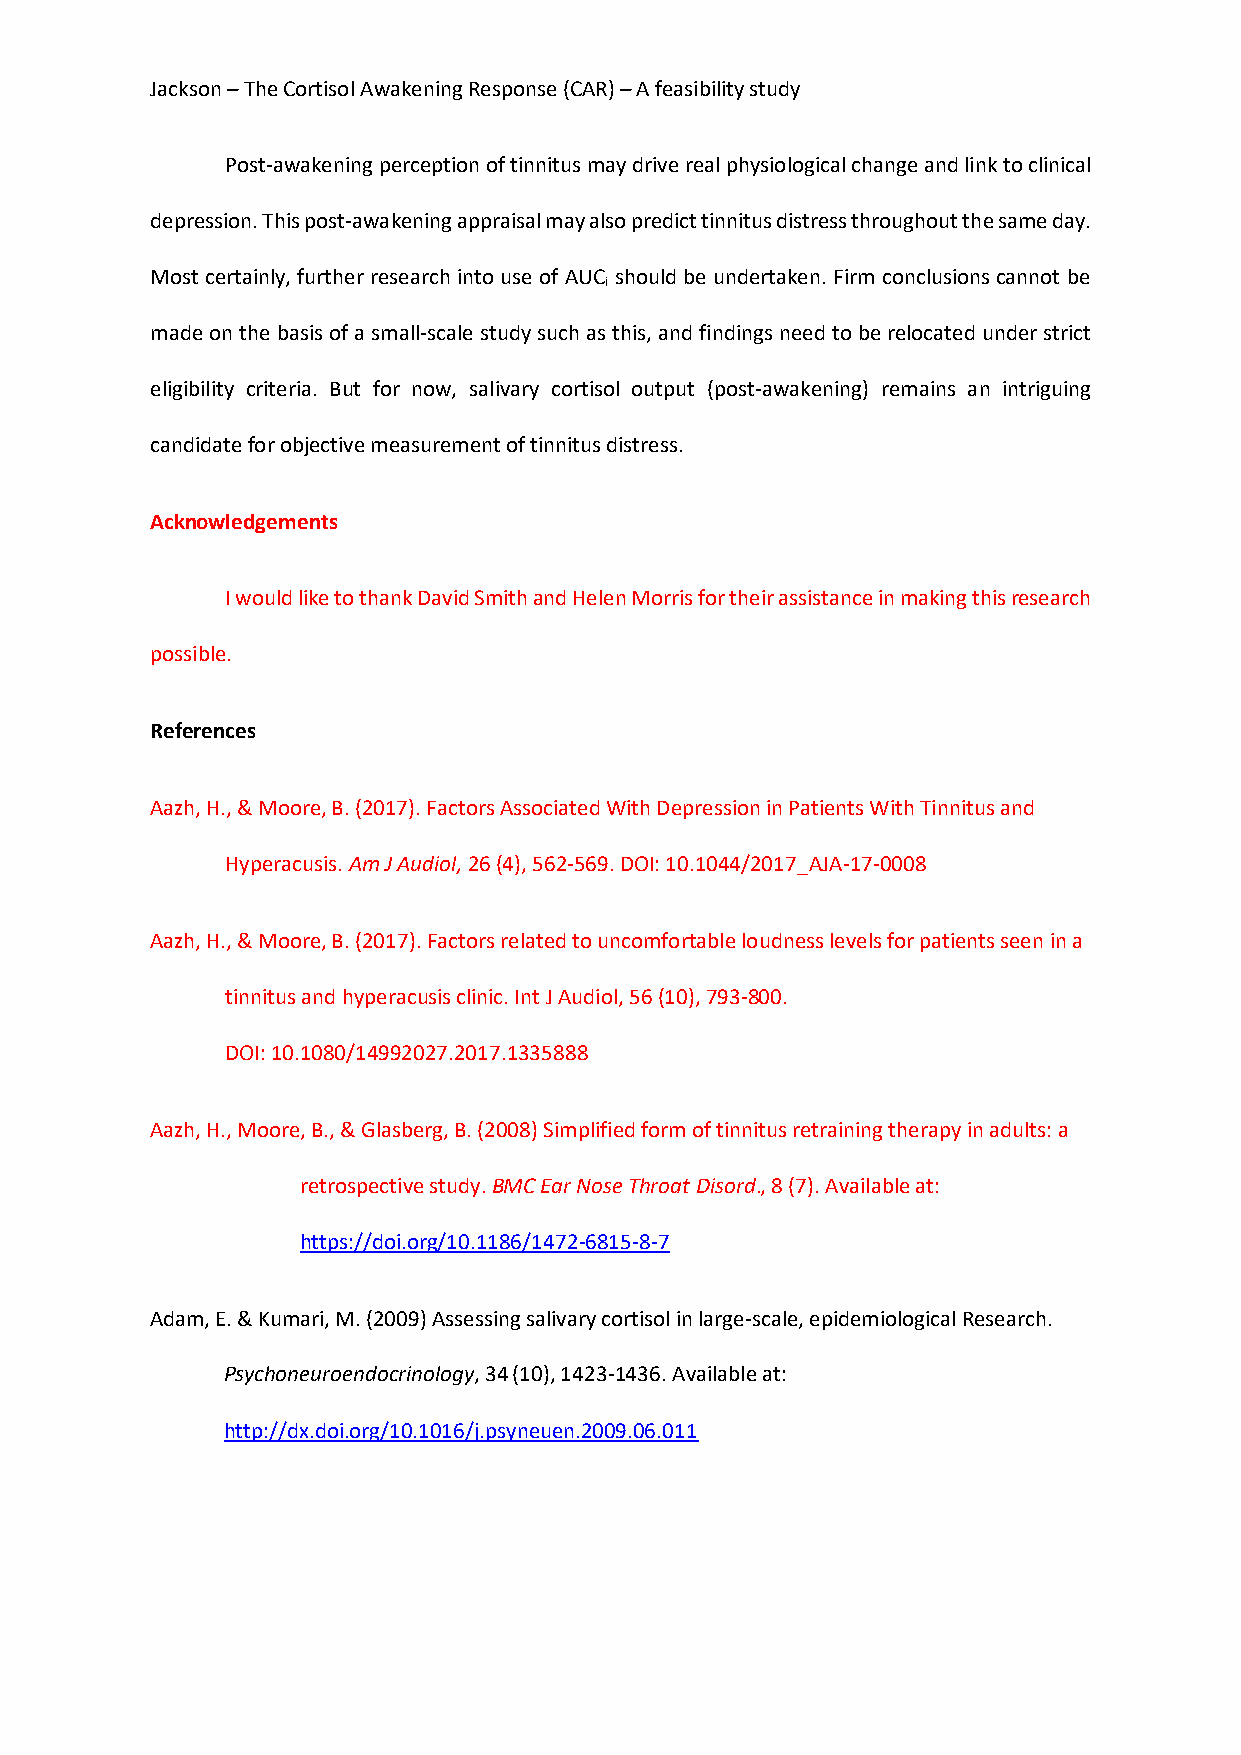
Jackson – The Cortisol Awakening Response (CAR) – A feasibility study
 Post-awakening perception of tinnitus may drive real physiological change and link to clinical
 depression. This post-awakening appraisal may also predict tinnitus distress throughout the same day.
 Most certainly, further research into use of AUC should be undertaken. Firm conclusions cannot be
 i
 made on the basis of a small-scale study such as this, and findings need to be relocated under strict
 eligibility criteria. But for now, salivary cortisol output (post-awakening) remains an intriguing
 candidate for objective measurement of tinnitus distress.
 Acknowledgements
 I would like to thank David Smith and Helen Morris for their assistance in making this research
 possible.
 References
 Aazh, H., & Moore, B. (2017). Factors Associated With Depression in Patients With Tinnitus and
 Hyperacusis. Am J Audiol, 26 (4), 562-569. DOI: 10.1044/2017_AJA-17-0008
 Aazh, H., & Moore, B. (2017). Factors related to uncomfortable loudness levels for patients seen in a
 tinnitus and hyperacusis clinic. Int J Audiol, 56 (10), 793-800.
 DOI: 10.1080/14992027.2017.1335888
 Aazh, H., Moore, B., & Glasberg, B. (2008) Simplified form of tinnitus retraining therapy in adults: a
 retrospective study. BMC Ear Nose Throat Disord., 8 (7). Available at:
 https://doi.org/10.1186/1472-6815-8-7
 Adam, E. & Kumari, M. (2009) Assessing salivary cortisol in large-scale, epidemiological Research.
 Psychoneuroendocrinology, 34 (10), 1423-1436. Available at:
 http://dx.doi.org/10.1016/j.psyneuen.2009.06.011